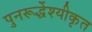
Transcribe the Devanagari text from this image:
पुनरूर्द्धेश्यीकृत